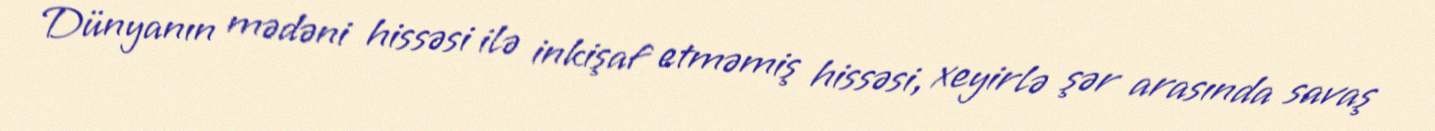
Dünyanın mədəni hissəsi ilə inkişaf etməmiş hissəsi, xeyirlə şər arasında savaş